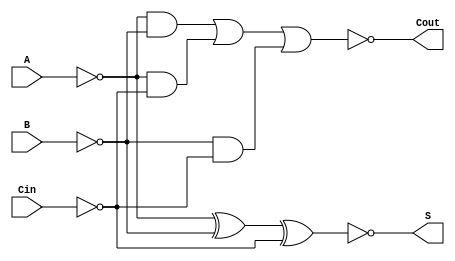
module NegativeCircuitFullAdder (
    input wire A,    // First input bit (active low)
    input wire B,    // Second input bit (active low)
    input wire Cin,  // Carry-in bit (active low)
    output wire S,   // Sum output bit (active low)
    output wire Cout  // Carry-out output bit (active low)
);

// Intermediate signals for the logic
wire A_not, B_not, Cin_not;
wire AB, AC, BC;
wire sum_temp, carry_temp;

// Invert the inputs for active low logic
assign A_not = ~A;
assign B_not = ~B;
assign Cin_not = ~Cin;

// Calculate the sum using XOR logic
assign sum_temp = A_not ^ B_not ^ Cin_not; // XOR operation
assign S = ~sum_temp; // Invert for active low output

// Calculate the carry-out using AND and OR logic
assign AB = A_not & B_not; // A AND B
assign AC = A_not & Cin_not; // A AND Cin
assign BC = B_not & Cin_not; // B AND Cin

assign carry_temp = AB | AC | BC; // OR operation
assign Cout = ~carry_temp; // Invert for active low output

endmodule